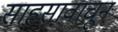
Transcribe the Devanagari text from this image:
साहसावाचून